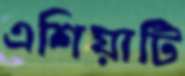
এশিয়াটি